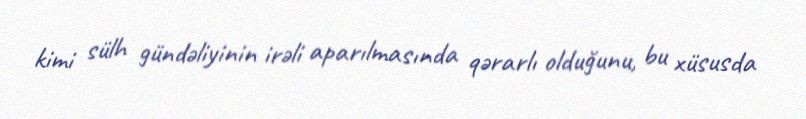
kimi sülh gündəliyinin irəli aparılmasında qərarlı olduğunu, bu xüsusda